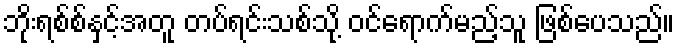
ဘိုးရစ်စ်နှင့်အတူ တပ်ရင်းသစ်သို့ ဝင်ရောက်မည့်သူ ဖြစ်ပေသည်။